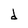
Character: d